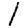
Digit: 1